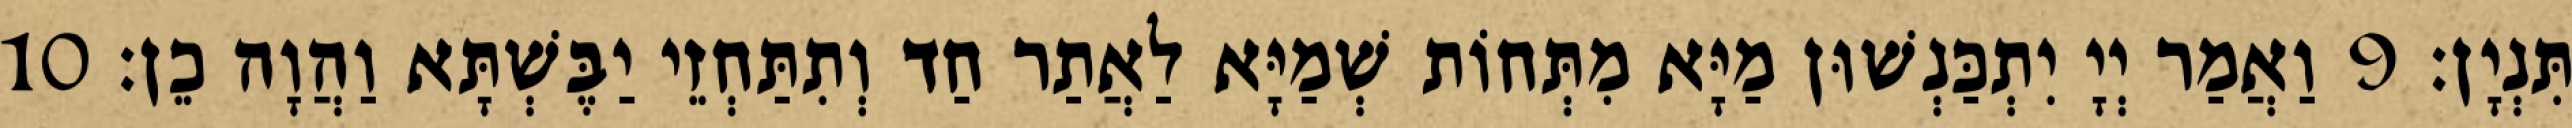
תִּנְיָן׃ 9 וַאֲמַר יְיָ יִתְכַּנְשׁוּן מַיָּא מִתְּחוֹת שְׁמַיָּא לַאֲתַר חַד וְתִתַּחְזֵי יַבֶּשְׁתָּא וַהֲוָה כֵן׃ 10